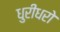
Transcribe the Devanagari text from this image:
धुरीधरो